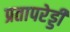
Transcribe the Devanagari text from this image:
प्रतापरेड्डी